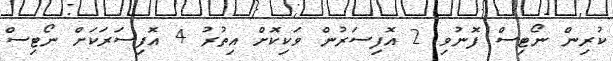
ކުރިން ނޯޓިސް ފޮނުވި 2 އޮފިސަރުން ވަކިކޮށް އިތުރު 4 އޮފިސަރަކަށް ނޯޓިސް